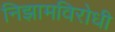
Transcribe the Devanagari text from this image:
निझामविरोधी